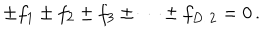
LaTeX: \pm f _ { 1 } \pm f _ { 2 } \pm f _ { 3 } \pm \cdots \pm f _ { D / 2 } = 0 \, .